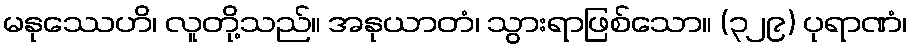
မနုဿေဟိ၊ လူတို့သည်။ အနုယာတံ၊ သွားရာဖြစ်သော။ (၃၂၉) ပုရာဏံ၊